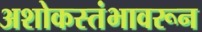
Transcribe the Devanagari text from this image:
अशोकस्तंभावरून